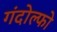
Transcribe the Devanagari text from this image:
गंदोल्फो